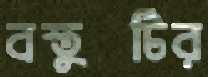
বস্তুটির